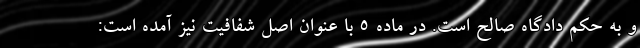
و به حکم دادگاه صالح است. در ماده ۵ با عنوان اصل شفافیت نیز آمده است: